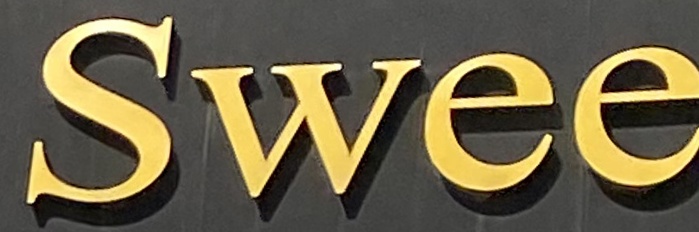
Swee